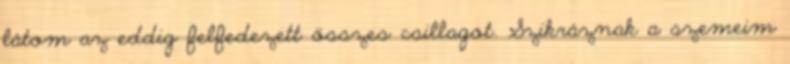
látom az eddig felfedezett összes csillagot. Szikráznak a szemeim